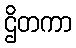
ဌိတကာ